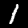
Digit: 1